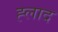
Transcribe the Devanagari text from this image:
ह्लाद